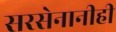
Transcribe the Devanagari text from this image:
सरसेनानीही